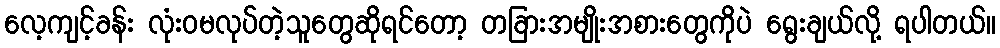
လေ့ကျင့်ခန်း လုံးဝမလုပ်တဲ့သူတွေဆိုရင်တော့ တခြားအမျိုးအစားတွေကိုပဲ ရွေးချယ်လို့ ရပါတယ်။